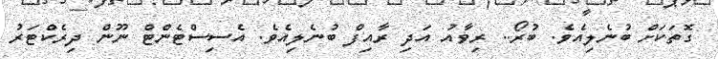
ގޮތަކަށް ބުނެލިއެވެ. ބުރޯ.. ރިވާއު އަދި ރާއިފް ބުނެލިއެވެ. އެސިސްޓެންޓް ނޫން ދިރެކްޓަރު